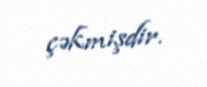
çəkmişdir.